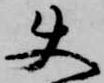
使